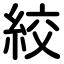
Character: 絞